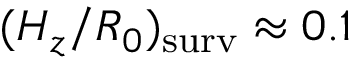
( H _ { z } / R _ { 0 } ) _ { \mathrm { s u r v } } \approx 0 . 1